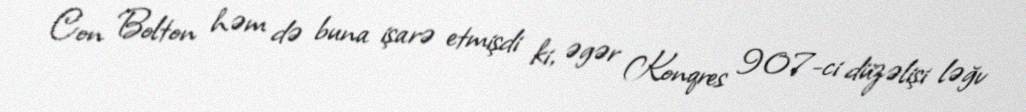
Con Bolton həm də buna işarə etmişdi ki, əgər Konqres 907-ci düzəlişi ləğv